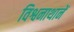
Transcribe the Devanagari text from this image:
विश्वनाथानें